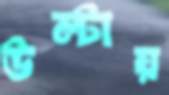
উল্‌টায়